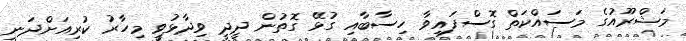
މަޝްރޫއުގެ މަސައްކަތް ގޮސްފައިވާ ހިސާބާއި ގުޅޭ ގޮތުން ދީދީ ވިދާޅުވީ މިހާރު ކުރިއަށްދަނީ